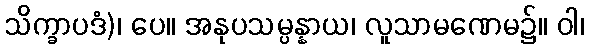
သိက္ခာပဒံ)၊ ပေ။ အနုပသမ္ပန္နာယ၊ လူသာမဏေမ၌။ ဝါ၊